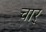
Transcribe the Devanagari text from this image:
चार्